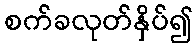
စက်ခလုတ်နှိပ်၍